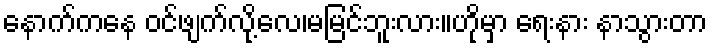
နောက်ကနေ ဝင်ဖျက်လို့လေ၊မမြင်ဘူးလား။ဟိုမှာ ရေးနား နာသွားတာ